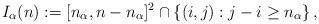
LaTeX: \begin{align*}I_\alpha (n):=[n_\alpha, n-n_\alpha]^2 \cap \{(i,j): j-i \ge n_{\alpha} \} \,,\end{align*}